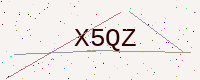
Text: X5QZ